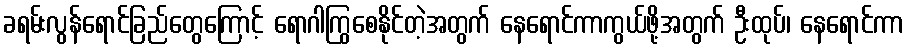
ခရမ်းလွန်ရောင်ခြည်တွေကြောင့် ရောဂါကြွစေနိုင်တဲ့အတွက် နေရောင်ကာကွယ်ဖို့အတွက် ဦးထုပ်၊ နေရောင်ကာ